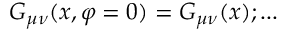
G _ { \mu \nu } ( x , \varphi = 0 ) = G _ { \mu \nu } ( x ) ; . . .